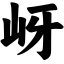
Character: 岈